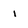
Character: I